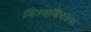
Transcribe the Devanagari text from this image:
विश्वविषयक